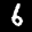
Label: 6